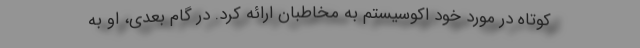
کوتاه در مورد خود اکوسیستم به مخاطبان ارائه کرد. در گام بعدی، او به